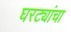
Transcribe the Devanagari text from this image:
घरट्यांचा